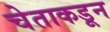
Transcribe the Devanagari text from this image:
चेताकडून